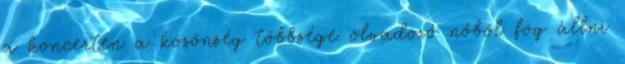
a koncerten a közönség többsége olvadozó nőből fog állni